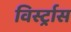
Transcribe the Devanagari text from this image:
विर्स्ट्रास